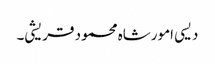
دیسی امورشاہ محمود قریشی۔